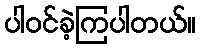
ပါဝင်ခဲ့ကြပါတယ်။